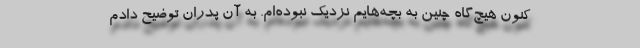
کنون هیچ‌گاه چنین به بچه‌هایم نزدیک نبوده‌ام. به آن پدران توضیح دادم